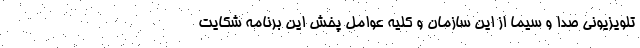
تلویزیونی صدا و سیما از این سازمان و کلیه عوامل پخش این برنامه شکایت